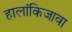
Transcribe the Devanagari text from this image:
हालांकिजावा